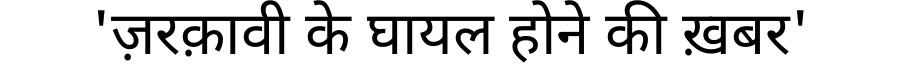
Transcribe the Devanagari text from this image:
'ज़रक़ावी के घायल होने की ख़बर'